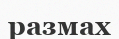
размах